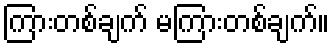
ကြားတစ်ချက် မကြားတစ်ချက်။